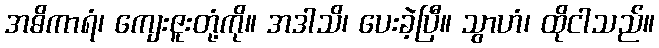
အဓိကာရံ၊ ကျေးဇူးတုံ့ကို။ အဒါသိ၊ ပေးခဲ့ပြီ။ သွာဟံ၊ ထိုငါသည်။